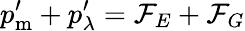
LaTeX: p_{\mathrm{m}}^{\prime}+p_{\lambda}^{\prime}={\cal F}_{E}+{\cal F}_{G}